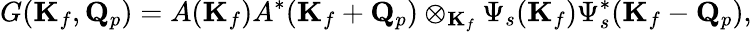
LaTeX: G(\mathbf{K}_{f},\mathbf{Q}_{p})=A(\mathbf{K}_{f})A^{*}(\mathbf{K}_{f}+\mathbf{Q}_{p})\otimes_{\mathbf{K}_{f}}\Psi_{s}(\mathbf{K}_{f})\Psi_{s}^{*}(\mathbf{K}_{f}-\mathbf{Q}_{p}),